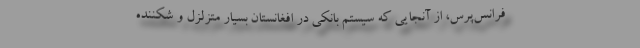
فرانس‌پرس، از آنجایی که سیستم بانکی در افغانستان بسیار متزلزل و شکننده